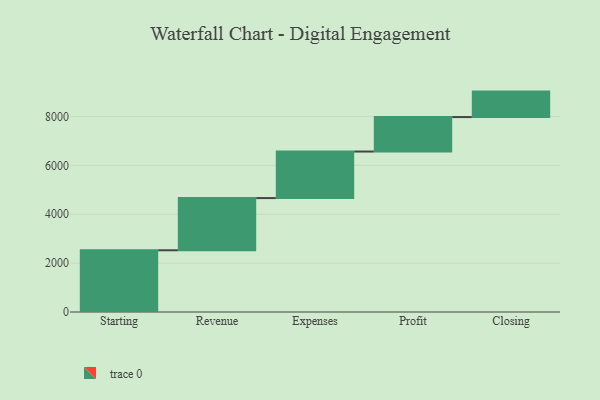
{"axis": {"x": "Step", "y": "Value"}, "legend": [""], "data": [{"x": "Starting", "y": 2525.0, "type": ""}, {"x": "Revenue", "y": 2135.0, "type": ""}, {"x": "Expenses", "y": 1904.0, "type": ""}, {"x": "Profit", "y": 1410.0, "type": ""}, {"x": "Closing", "y": 1042.0, "type": ""}]}